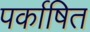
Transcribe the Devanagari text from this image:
पर्काषित